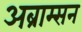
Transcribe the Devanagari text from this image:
अब्राम्सन